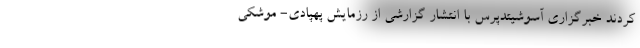
کردند خبرگزاری آسوشیتدپرس با انتشار گزارشی از رزمایش پهپادی- موشکی